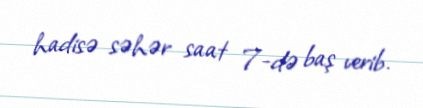
hadisə səhər saat 7-də baş verib.